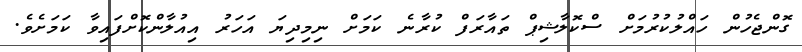
ގޮންޖެހުން ހައްލުކުރުމަށް ސްކޮލާޝިޕް ތައާރަފް ކުރާނެ ކަމަށް ނިމިދިޔަ އަހަރު އިއުލާންކޮށްފައިވާ ކަމަށެވެ.